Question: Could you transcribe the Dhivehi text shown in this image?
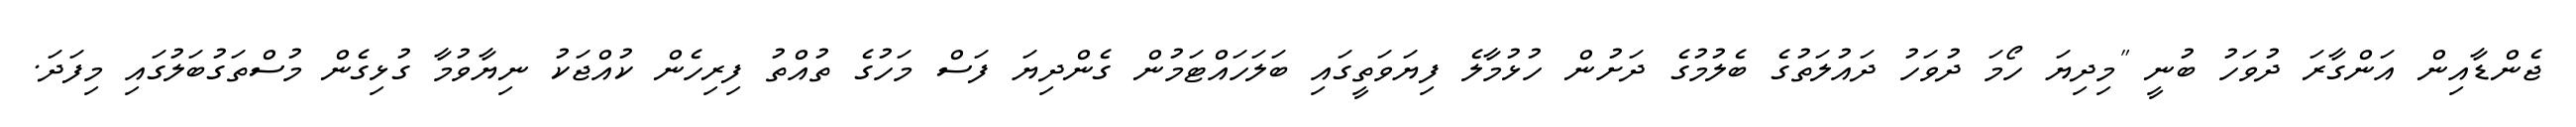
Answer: ޖެންޑާއިން އަންގާރަ ދުވަހު ބުނީ "މިދިޔަ ހޯމަ ދުވަހު ދައުލަތުގެ ބެލުމުގެ ދަށުން ހުޅުމާލެ ފިޔަވަތީގައި ބަލަހައްޓަމުން ގެންދިޔަ ފަސް މަހުގެ ތުއްތު ފިރިހެން ކުއްޖަކު ނިޔާވުމާ ގުޅިގެން މުސްތަގުބަލުގައި މިފަދަ.